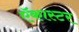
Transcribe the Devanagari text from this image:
ऍकास्टर